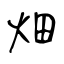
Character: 畑